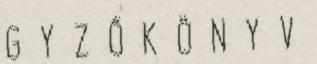
G Y Z Ő K Ö N Y V